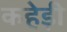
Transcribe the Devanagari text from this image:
कहेड़ी